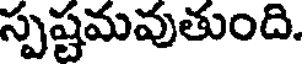
స్పష్టమవుతుంది.